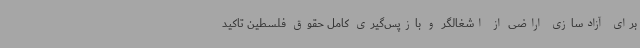
برای آزادسازی اراضی از اشغالگر و بازپس‌گیری کامل حقوق فلسطین تاکید